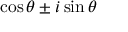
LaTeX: \cos \theta \pm i \sin \theta